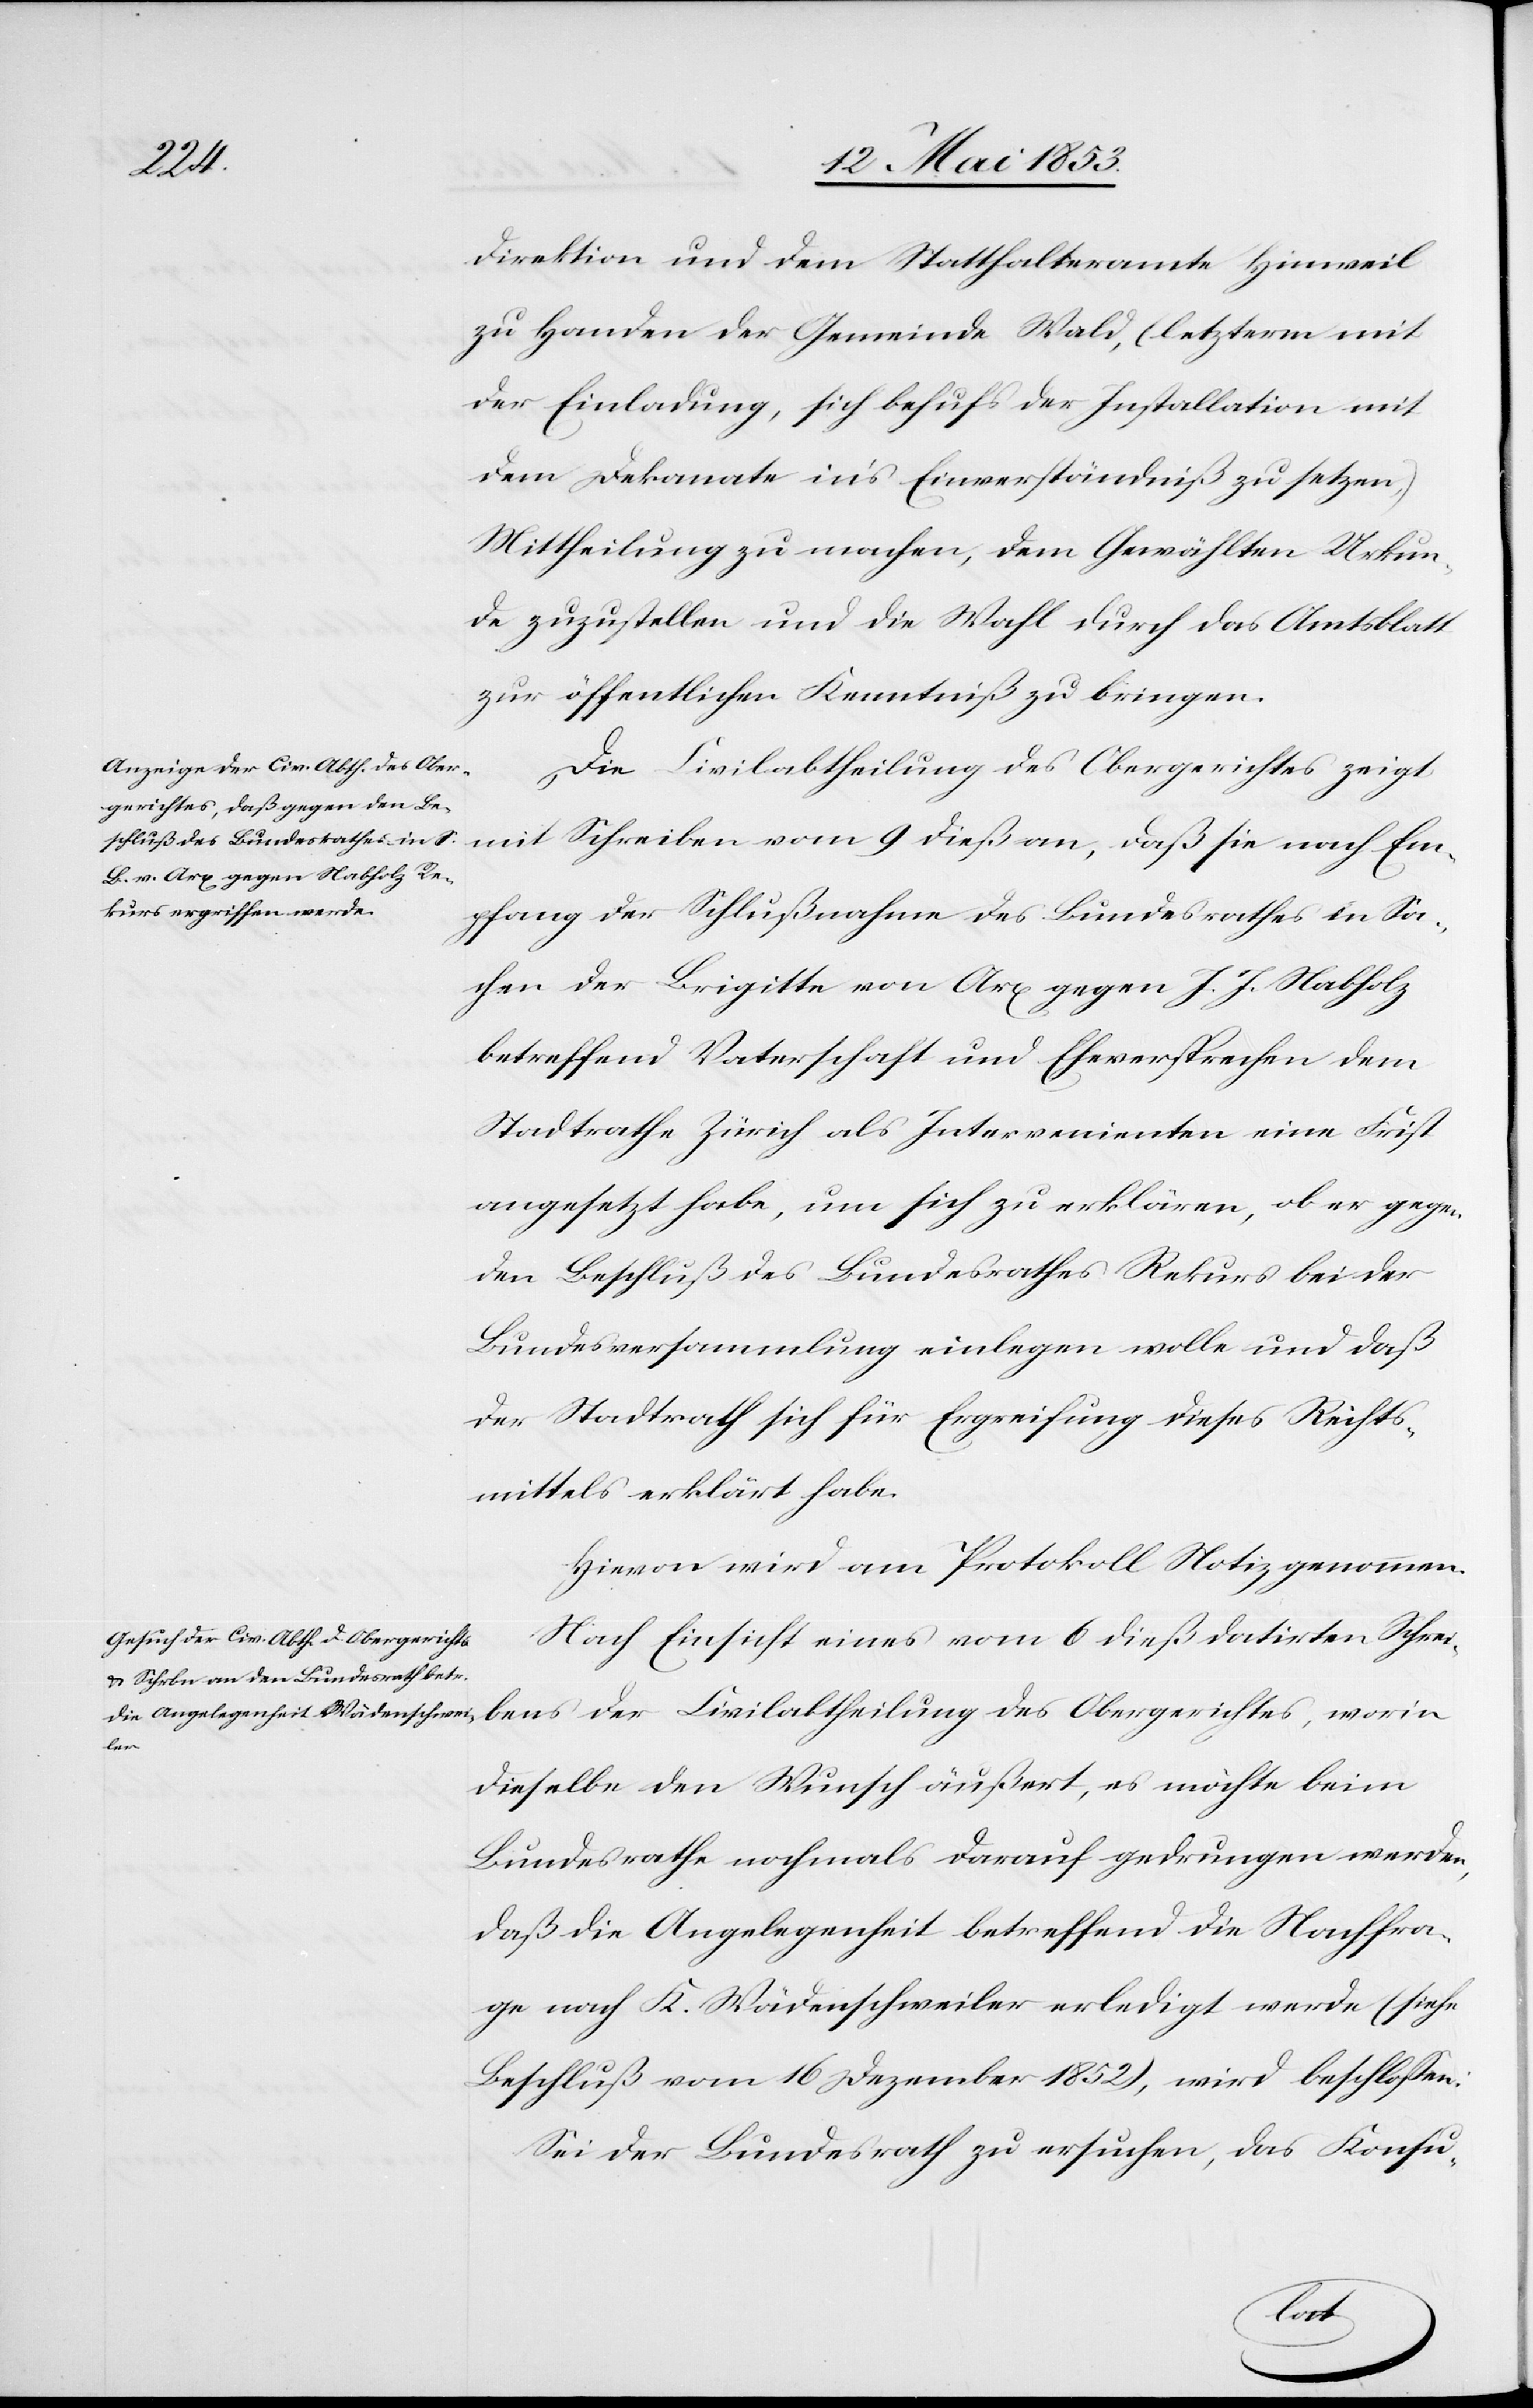
Direktion und dem Statthalteramte Hinweil
zu Handen der Gemeinde Wald, (letzterm mit
der Einladung, sich behufs der Installation mit
dem Dekanate in’s Einverständniß zu setzen)
Mittheilung zu machen, dem Gewählten Urkun¬
de zuzustellen und die Wahl durch das Amtsblatt
zur öffentlichen Kenntniß zu bringen.
der Civilabtheilung des Obergerichtes, worin
mit Schreiben vom 9 dieß an, daß sie nach Em¬
pfang der Schlußnahme des Bundesrathes in Sa¬
chen der Brigitte von Arx gegen J. J. Nabholz
betreffend Vaterschaft und Eheversprechen dem
Stadtrathe Zürich als Intervenienten eine Frist
angesetzt habe, um sich zu erklären, ob er gegen
den Beschluß des Bundesrathes Rekurs bei der
Bundesversammlung einlegen wolle und daß
der Stadtrath sich für Ergreifung dieses Rechts¬
mittels erklärt habe.
Hievon wird am Protokolle Notiz genommen.
Nach Einsicht eines vom 6 dieß datirten Schrei¬
dieselbe den Wunsch äußert, es möchte beim
Bundesrathe nochmals darauf gedrungen werden,
daß die Angelegenheit betreffend die Nachfra¬
ge nach K. Wädenschweiler erledigt werde (siehe
Beschluß vom 16 Dezember 1852), wird beschloßen:
Sei der Bundesrath zu ersuchen, das Konsu-
bens